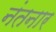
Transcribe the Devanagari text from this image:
नंतनार